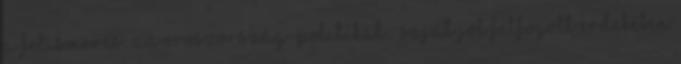
a felismerés: az Oroszország-politikát – saját jól felfogott érdekében